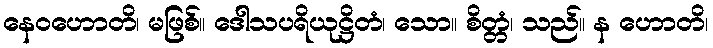
နေဝဟောတိ၊ မဖြစ်။ ဒေါသပရိယုဋ္ဌိတံ၊ သော။ စိတ္တံ၊ သည်။ န ဟောတိ၊